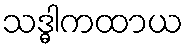
သဒ္ဓါကထာယ